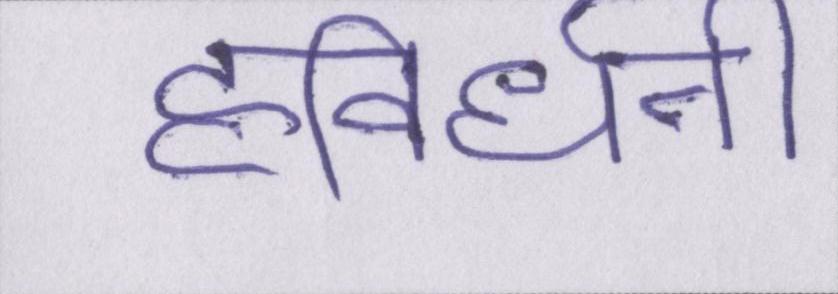
हविर्धनी